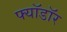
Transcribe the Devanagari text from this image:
फ्यॉडॉर